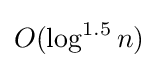
O(\log ^{1.5}n)